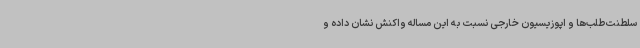
سلطنت‌طلب‌ها و اپوزیسیون خارجی نسبت به این مساله واکنش نشان داده و